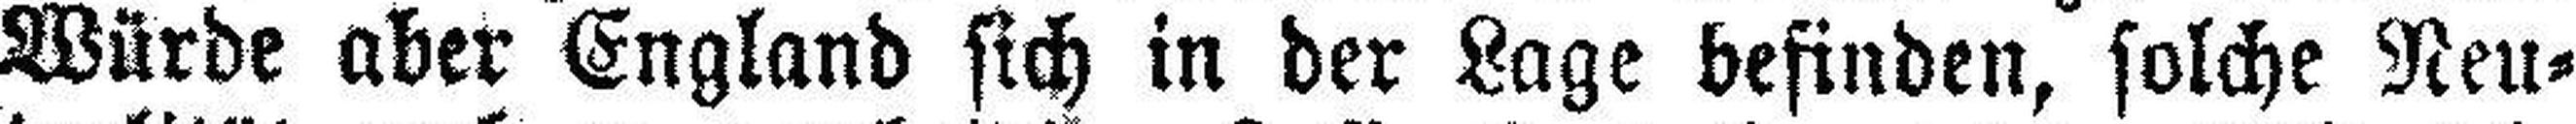
Würde aber England sich in der Lage befinden, solche Neu¬